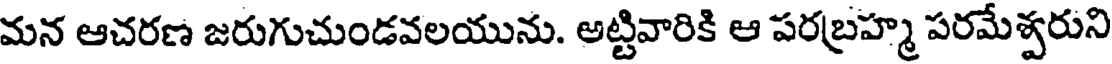
మన ఆచరణ జరుగుచుండవలయును. అట్టివారికి ఆ పరబ్రహ్మ పరమేశ్వరుని